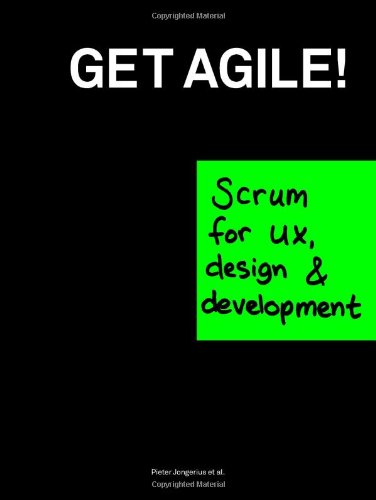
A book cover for Get Agile!: Scrum for UX, Design & Development; Pieter Jongerius; Arts & Photography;